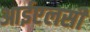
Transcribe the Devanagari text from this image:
आईएलसी